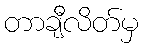
တာချီလိတ်မှ